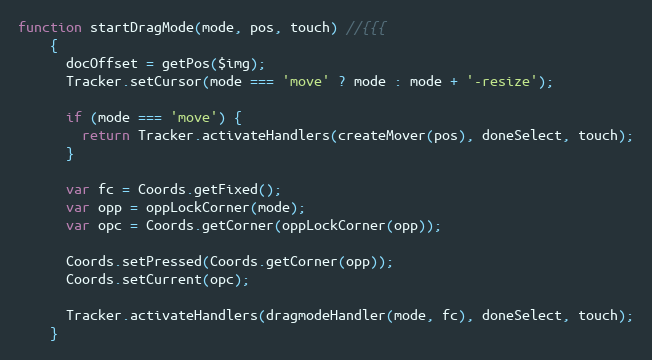
Language: JavaScript
function startDragMode(mode, pos, touch) //{{{
    {
      docOffset = getPos($img);
      Tracker.setCursor(mode === 'move' ? mode : mode + '-resize');

      if (mode === 'move') {
        return Tracker.activateHandlers(createMover(pos), doneSelect, touch);
      }

      var fc = Coords.getFixed();
      var opp = oppLockCorner(mode);
      var opc = Coords.getCorner(oppLockCorner(opp));

      Coords.setPressed(Coords.getCorner(opp));
      Coords.setCurrent(opc);

      Tracker.activateHandlers(dragmodeHandler(mode, fc), doneSelect, touch);
    }